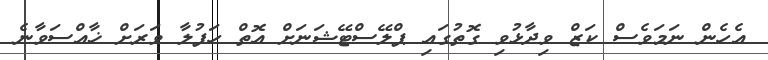
އެހެން ނަމަވެސް ކަޒް ވިދާޅުވި ގޮތުގައި ޕްލޭސްޓޭޝަނަށް އޮތް ހަފުލާ ވަރަށް ޚާއްސަވާނެ